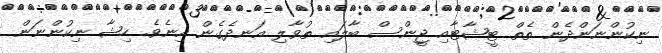
ނިކުންނަންދެން ތެތް ޓީޝާޓާއި ޖީންސް ބާލައި ތުވާލި އަނދެގެން އިނެވެ. ހިޝާ ނިކުންނަން